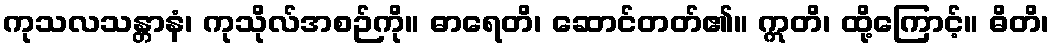
ကုသလသန္တာနံ၊ ကုသိုလ်အစဉ်ကို။ ဓာရေတိ၊ ဆောင်တတ်၏။ ဣတိ၊ ထို့ကြောင့်။ ဓိတိ၊